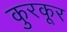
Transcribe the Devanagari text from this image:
कुरकूर